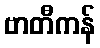
ဗာတီကန်